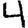
Digit: 4